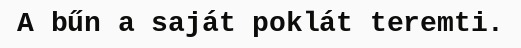
A bűn a saját poklát teremti.